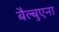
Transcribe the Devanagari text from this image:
बैल्बुएना